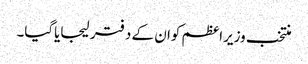
منتخب وزیراعظم کوان کے دفتر لیجایاگیا۔